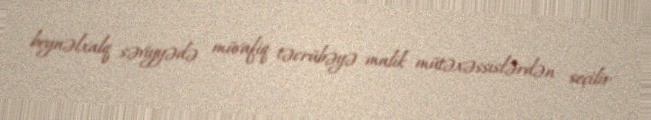
beynəlxalq səviyyədə müvafiq təcrübəyə malik mütəxəssislərdən seçilir.